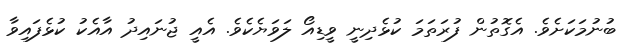
ބުނުމަކަށެވެ. އެގޮތުން ފުރަތަމަ ކުޅެދިނީ ވީޑިއޯ ލަވަޔެެކެވެ. އެއީ ޖުނައިދު އާއެކު ކުޅެފައިވާ